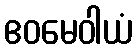
ဧဝမေဝါယံ